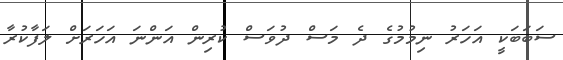
ސަބަބަކީ އަހަރު ނިމުމުގެ ދެ މަސް ދުވަސް ކުރިން އަންނަ އަހަރަށް ލަފާކުރާ